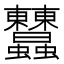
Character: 𧖤